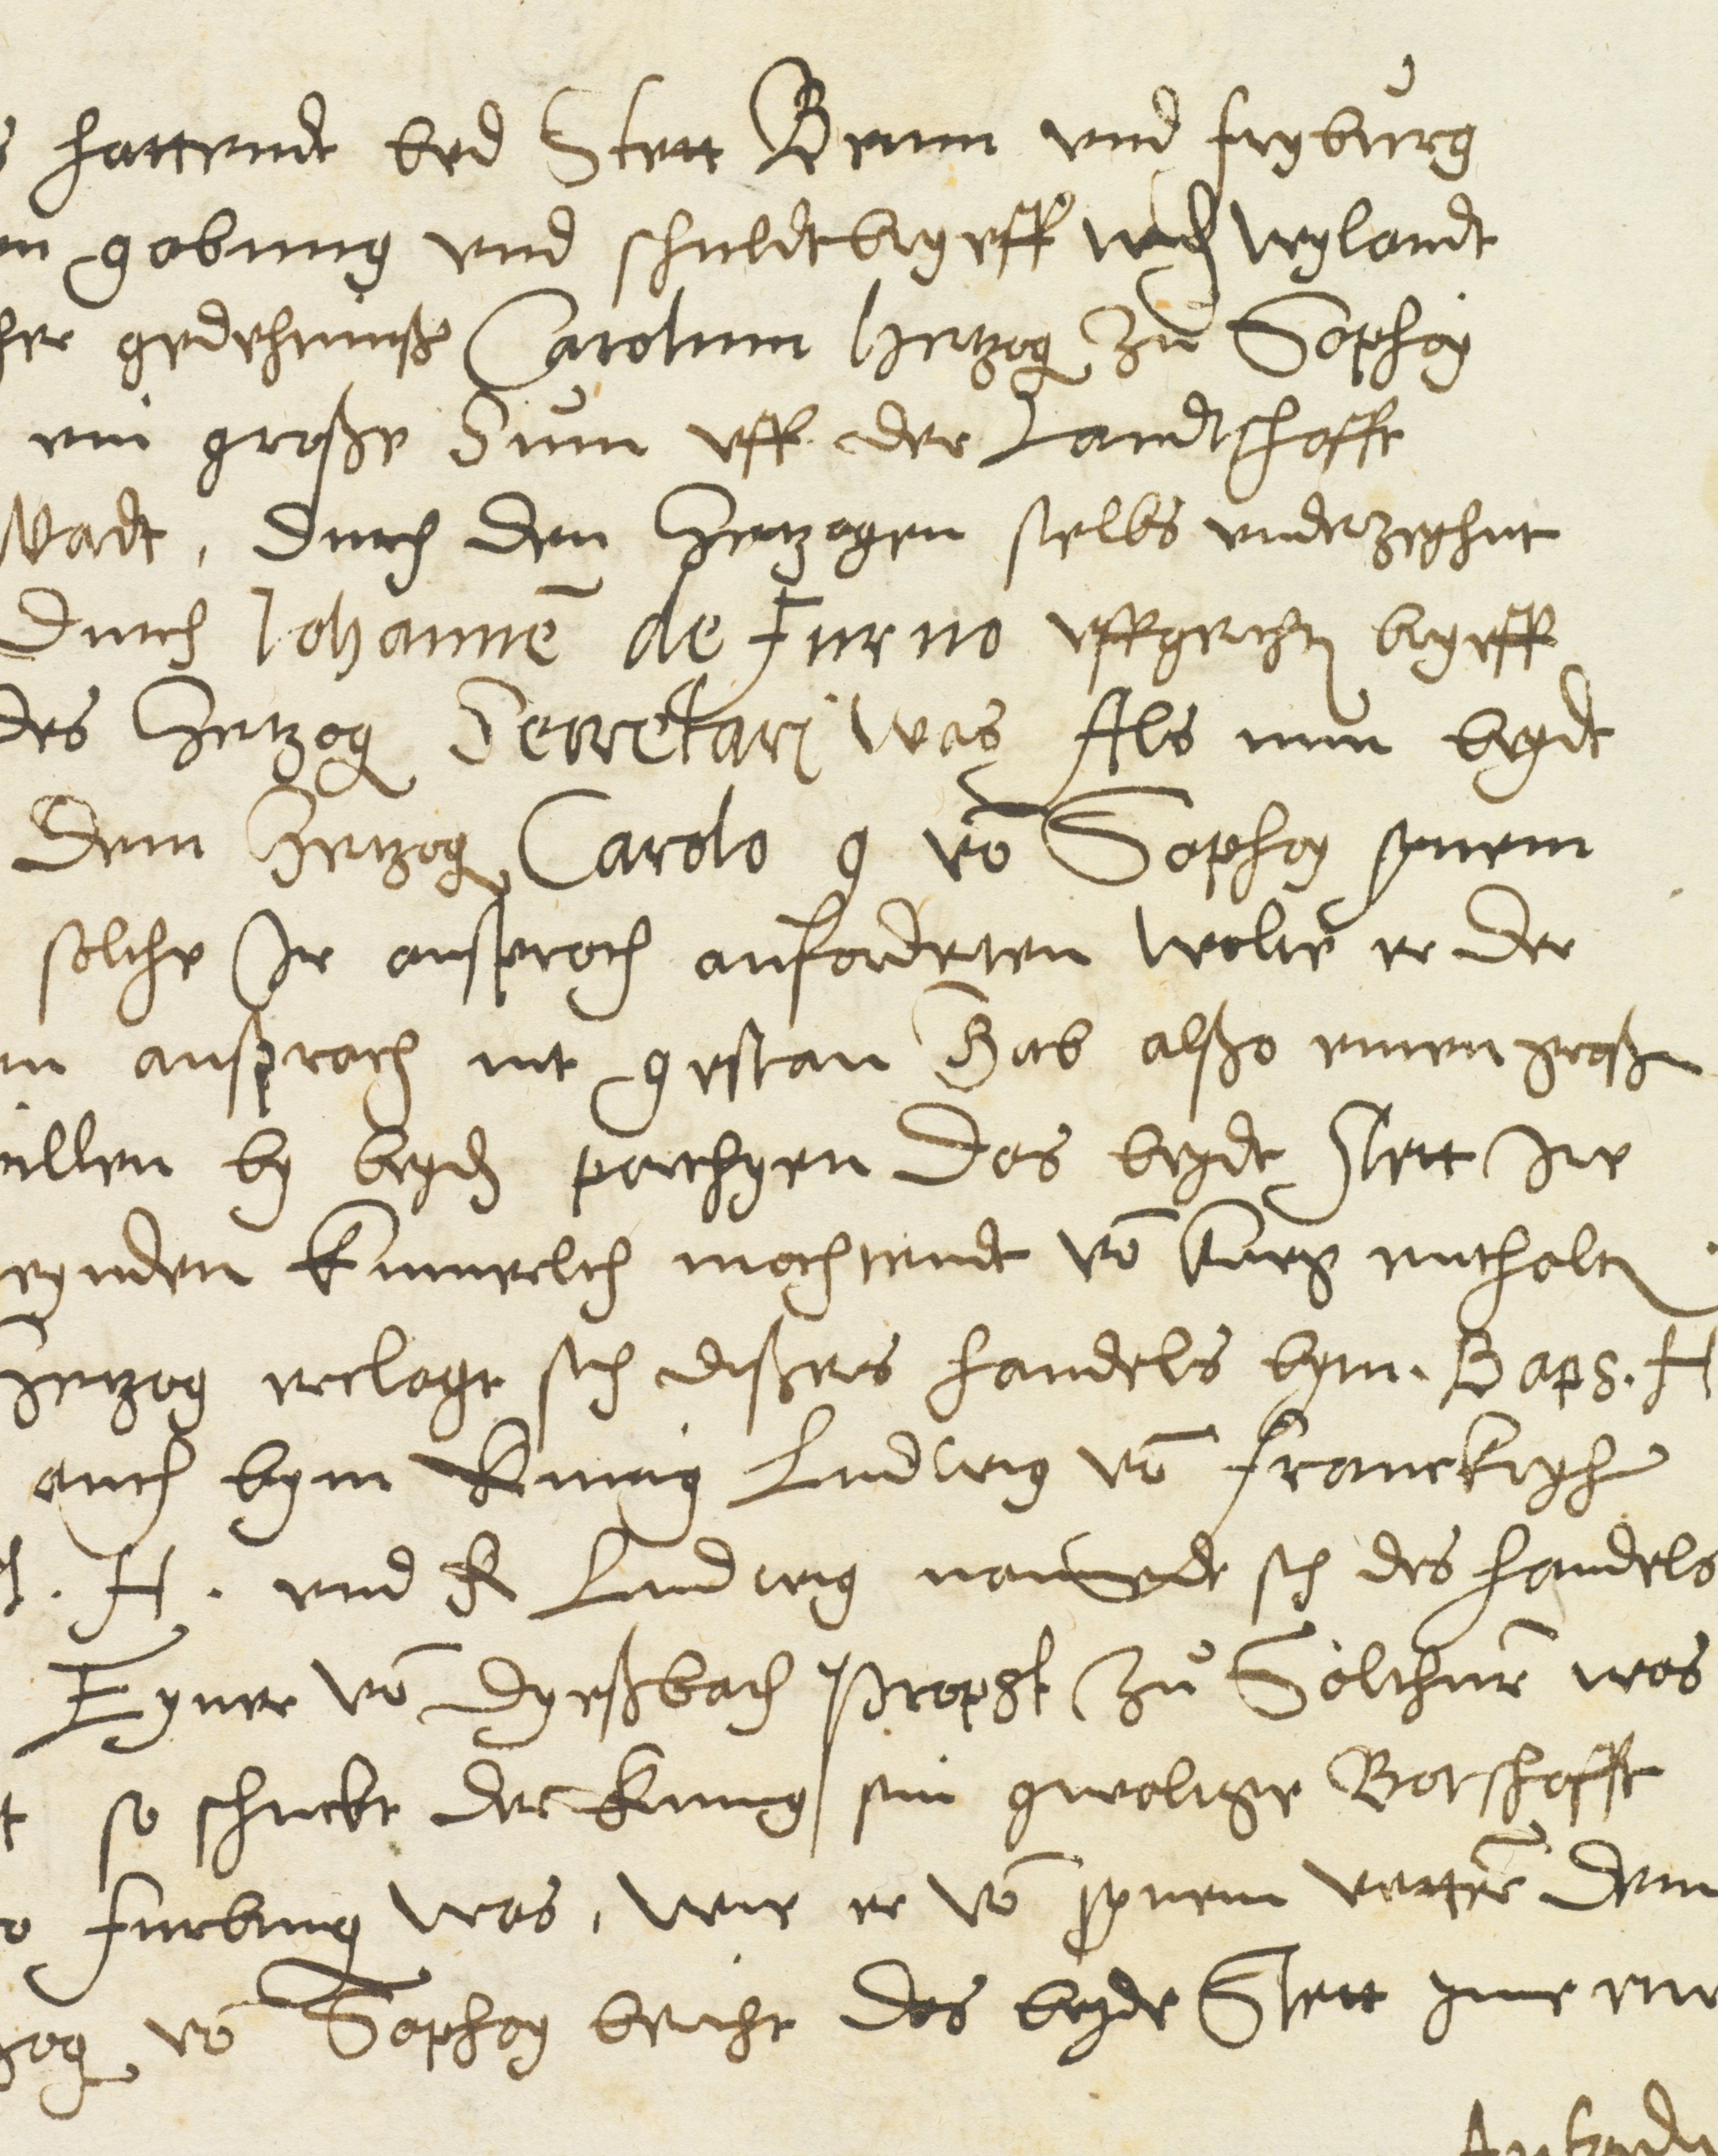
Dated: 1600–1630